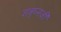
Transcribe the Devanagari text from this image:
शत्रुघ्नजी